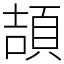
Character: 頡